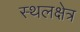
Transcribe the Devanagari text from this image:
स्थलक्षेत्र